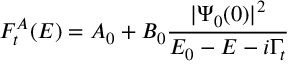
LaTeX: F _ { t } ^ { A } ( E ) = A _ { 0 } + B _ { 0 } \frac { | \Psi _ { 0 } ( 0 ) | ^ { 2 } } { E _ { 0 } - E - i \Gamma _ { t } }